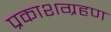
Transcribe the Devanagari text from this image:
प्रकाशग्रहण